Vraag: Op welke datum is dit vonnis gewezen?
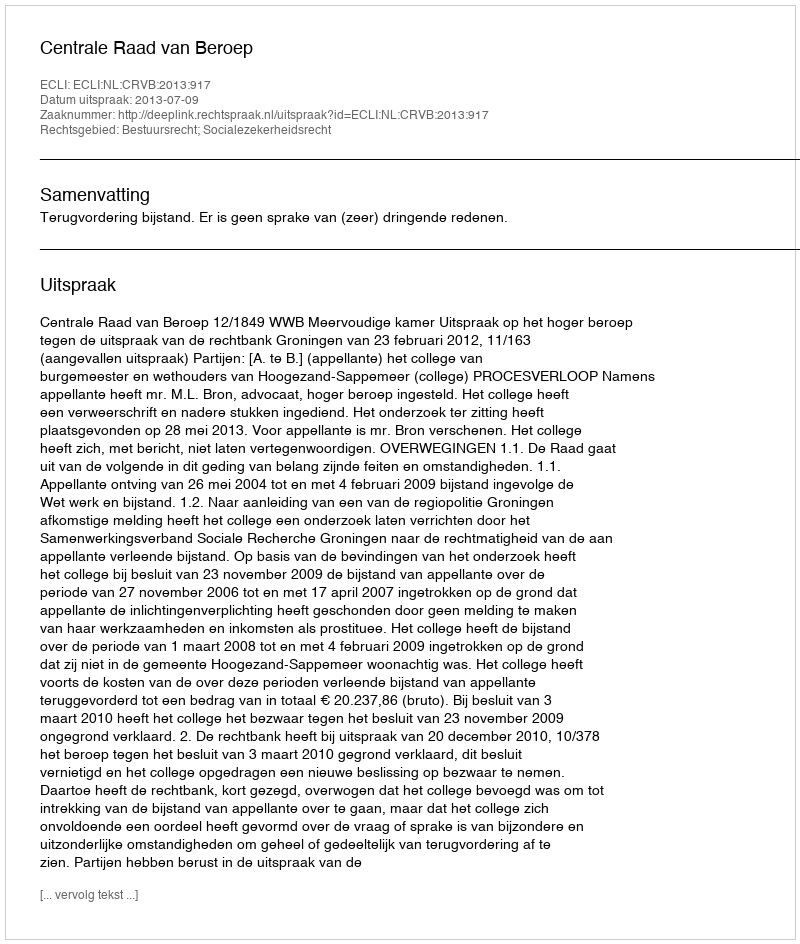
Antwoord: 2013-07-09